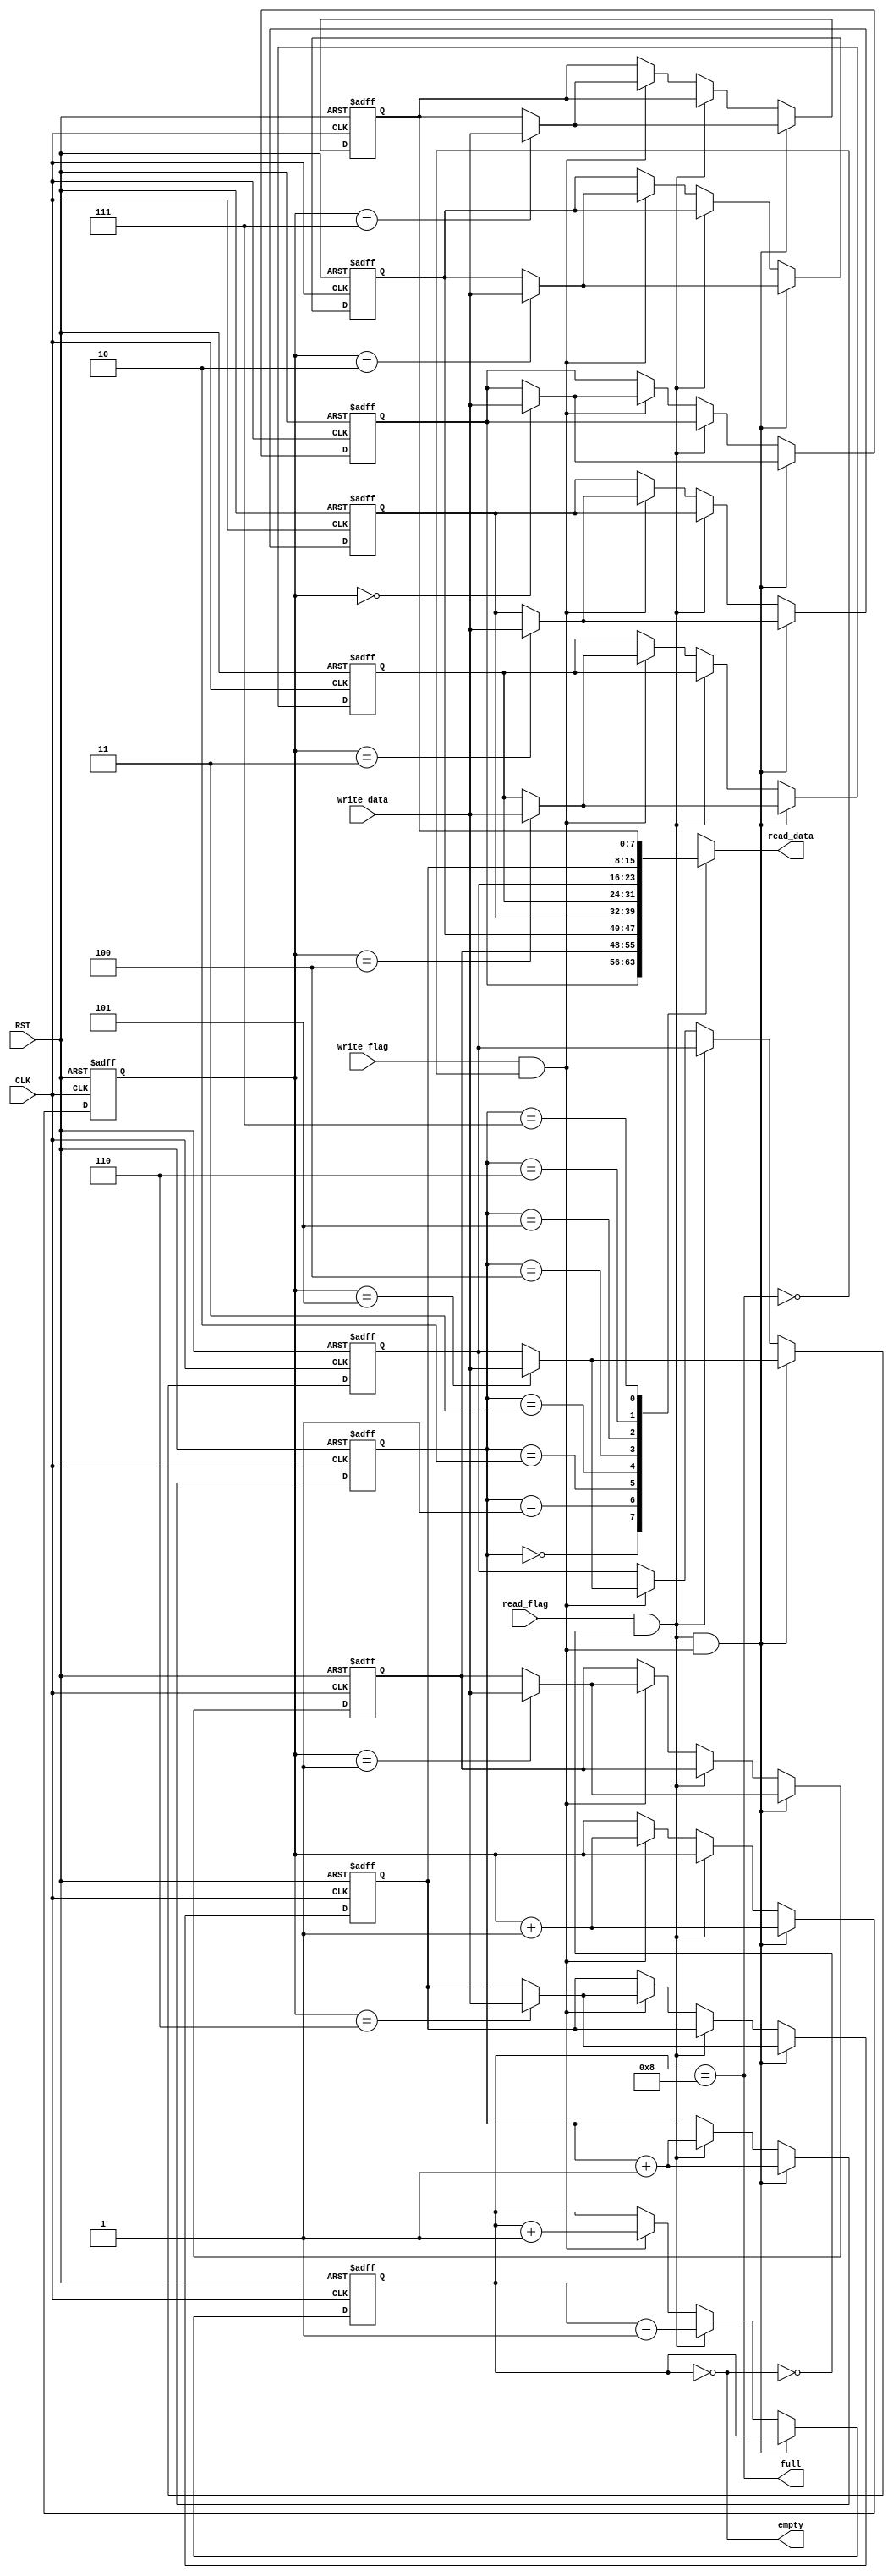
// This file is Zhekai Zhang's code

`timescale 1ns / 1ps

module fifo
	#(
	parameter SIZE_BIT	= 3,
	parameter WIDTH 	= 8
	)
	(
	input CLK,
	input RST,
	input read_flag,
	output [WIDTH-1:0] read_data,
	input write_flag,
	input [WIDTH-1:0] write_data,
	output empty,
	output full
    );
    
    localparam SIZE = 1 << SIZE_BIT;
    reg [WIDTH-1:0] buffer[SIZE-1:0];
    reg [SIZE_BIT-1:0] read_ptr;
    reg [SIZE_BIT-1:0] write_ptr;
    reg [SIZE_BIT:0] buffer_size;
    
    assign empty = buffer_size == 0;
    assign full  = buffer_size == SIZE;
    
    wire read, write;
    assign read  = read_flag && !empty;
    assign write = write_flag && !full;
    
    assign read_data = buffer[read_ptr];
    
    integer i;
    always @(negedge CLK or posedge RST) begin
    	if(RST) begin
    		read_ptr <= 0;
    		write_ptr <= 0;
    		buffer_size <= 0;
    		for(i=0; i<SIZE; i=i+1)
    			buffer[i] <= 0;
    	end else begin
    		if(read && write) begin
    			buffer[write_ptr] <= write_data;
    			read_ptr <= read_ptr + 1;
    			write_ptr <= write_ptr + 1;
    		end else if(read) begin
    			read_ptr <= read_ptr + 1;
    			buffer_size <= buffer_size - 1;
    		end else if(write) begin
    			buffer[write_ptr] <= write_data;
    			write_ptr <= write_ptr + 1;
    			buffer_size <= buffer_size + 1;
    		end
    	end
    end
endmodule